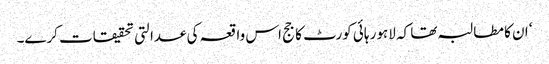
‘ ان کا مطالبہ تھا کہ لاہور ہائی کورٹ کا جج اس واقعہ کی عدالتی تحقیقات کرے۔